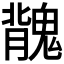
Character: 𩳿